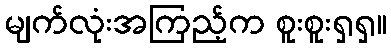
မျက်လုံးအကြည့်က စူးစူးရှရှ။